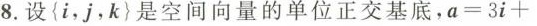
8.设\left \{ i，j，k\right \} 是空间向量的单位正交基底，$$a = 3 i +